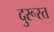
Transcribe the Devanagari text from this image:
दुरूस्‍त